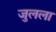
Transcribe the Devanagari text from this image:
जुलला